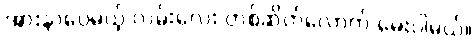
အားနာပေမယ့် လမ်းလေး တစ်ဆိတ်လောက် မေးပါမယ်။